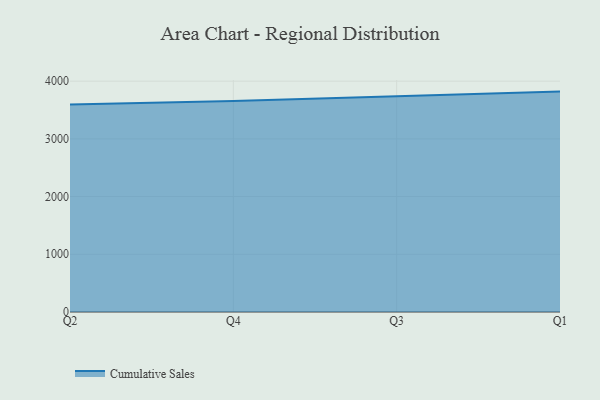
{"axis": {"x": "Quarter", "y": "Shipments"}, "legend": ["Cumulative Sales"], "data": [{"x": "Q2", "y": 3594.5, "type": "Cumulative Sales"}, {"x": "Q4", "y": 3656.7, "type": "Cumulative Sales"}, {"x": "Q3", "y": 3738.0, "type": "Cumulative Sales"}, {"x": "Q1", "y": 3819.3, "type": "Cumulative Sales"}]}